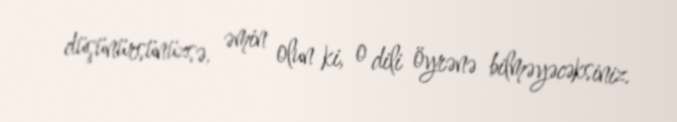
düşünürsünüzsə, əmin olun ki, o dili öyrənə bilməyəcəksiniz.